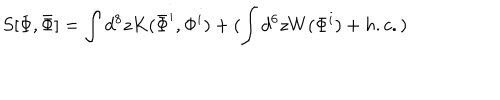
S [ \Phi , \bar { \Phi } ] = \int d ^ { 8 } z K ( \bar { \Phi } ^ { i } , \Phi ^ { i } ) + ( \int d ^ { 6 } z W ( \Phi ^ { i } ) + h . c . )